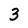
Character: 3